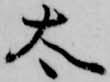
太